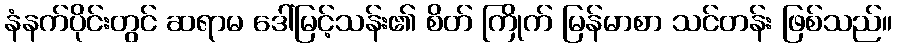
နံနက်ပိုင်းတွင် ဆရာမ ဒေါ်မြင့်သန်း၏ စိတ် ကြိုက် မြန်မာစာ သင်တန်း ဖြစ်သည်။